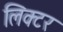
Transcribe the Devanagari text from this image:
लिक्टर